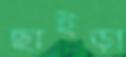
ছাইড়া